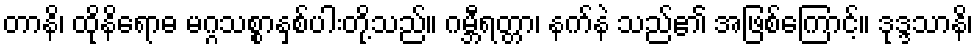
တာနိ၊ ထိုနိရောဓ မဂ္ဂသစ္စာနှစ်ပါးတို့သည်။ ဂမ္ဘီရတ္တာ၊ နက်နဲ သည်၏ အဖြစ်ကြောင့်။ ဒုဒ္ဒသာနိ၊